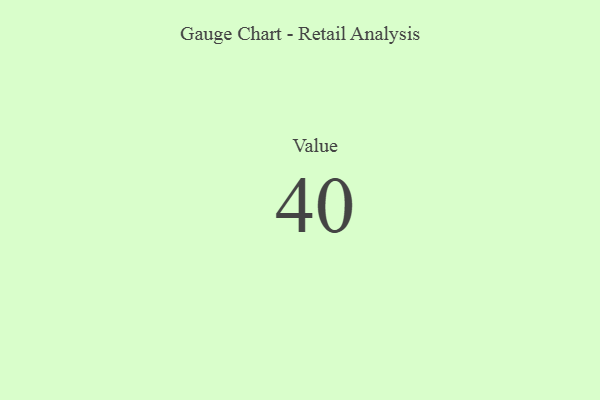
{"axis": {"x": "Metric", "y": "Value"}, "legend": [""], "data": [{"x": "Value", "y": 40, "type": ""}]}